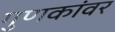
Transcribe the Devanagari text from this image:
गुणकांवर